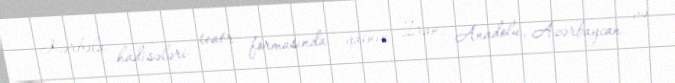
Kərbəla hadisələri teatr formasında yalnız İran, Anadolu, Azərbaycan və